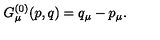
G _ { \mu } ^ { ( 0 ) } ( p , q ) = q _ { \mu } - p _ { \mu } .